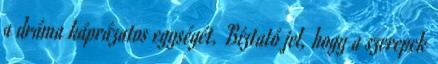
a dráma káprázatos egységét. Bíztató jel, hogy a szerepek